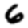
Digit: 6